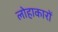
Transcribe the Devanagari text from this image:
लोहाकारों